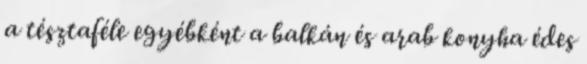
a tésztaféle egyébként a balkán és arab konyha édes